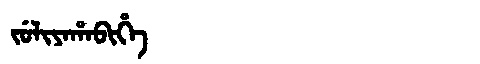
Manchu: ᠵᡠᠯᡳᠶᠠᡥᠠᠪᡳᡥᡝ
Romanization: JULIYAHABIHE